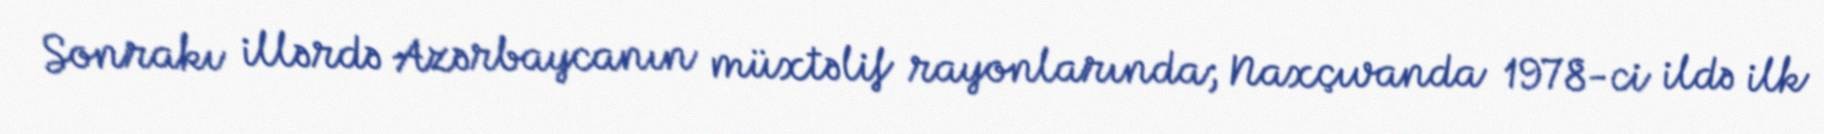
Sonrakı illərdə Azərbaycanın müxtəlif rayonlarında; Naxçıvanda 1978-ci ildə ilk